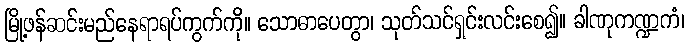
မြို့ဖန်ဆင်းမည်နေရာရပ်ကွက်ကို။ သောဓာပေတွာ၊ သုတ်သင်ရှင်းလင်းစေ၍။ ခါဏုကဏ္ဍကံ၊